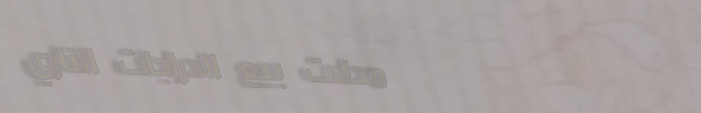
محلات بيع الدراجات الناري